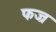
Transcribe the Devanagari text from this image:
फज्र